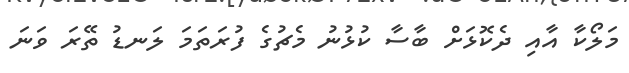
މަލޯކާ އާއި ދެކޮޅަށް ބާސާ ކުޅުނު މެޗުގެ ފުރަތަމަ ލަނޑު ތޭރަ ވަނަ